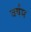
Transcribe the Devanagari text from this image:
वर्षम